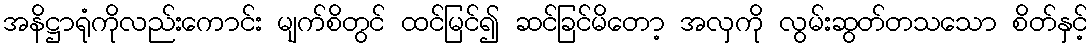
အနိဋ္ဌာရုံကိုလည်းကောင်း မျက်စိတွင် ထင်မြင်၍ ဆင်ခြင်မိတော့ အလှကို လွမ်းဆွတ်တသသော စိတ်နှင့်